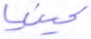
كينيا